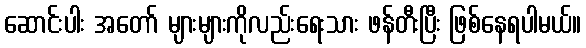
ဆောင်းပါး အတော် များများကိုလည်းရေးသား ဖန်တီးပြီး ဖြစ်နေရပါမယ်။